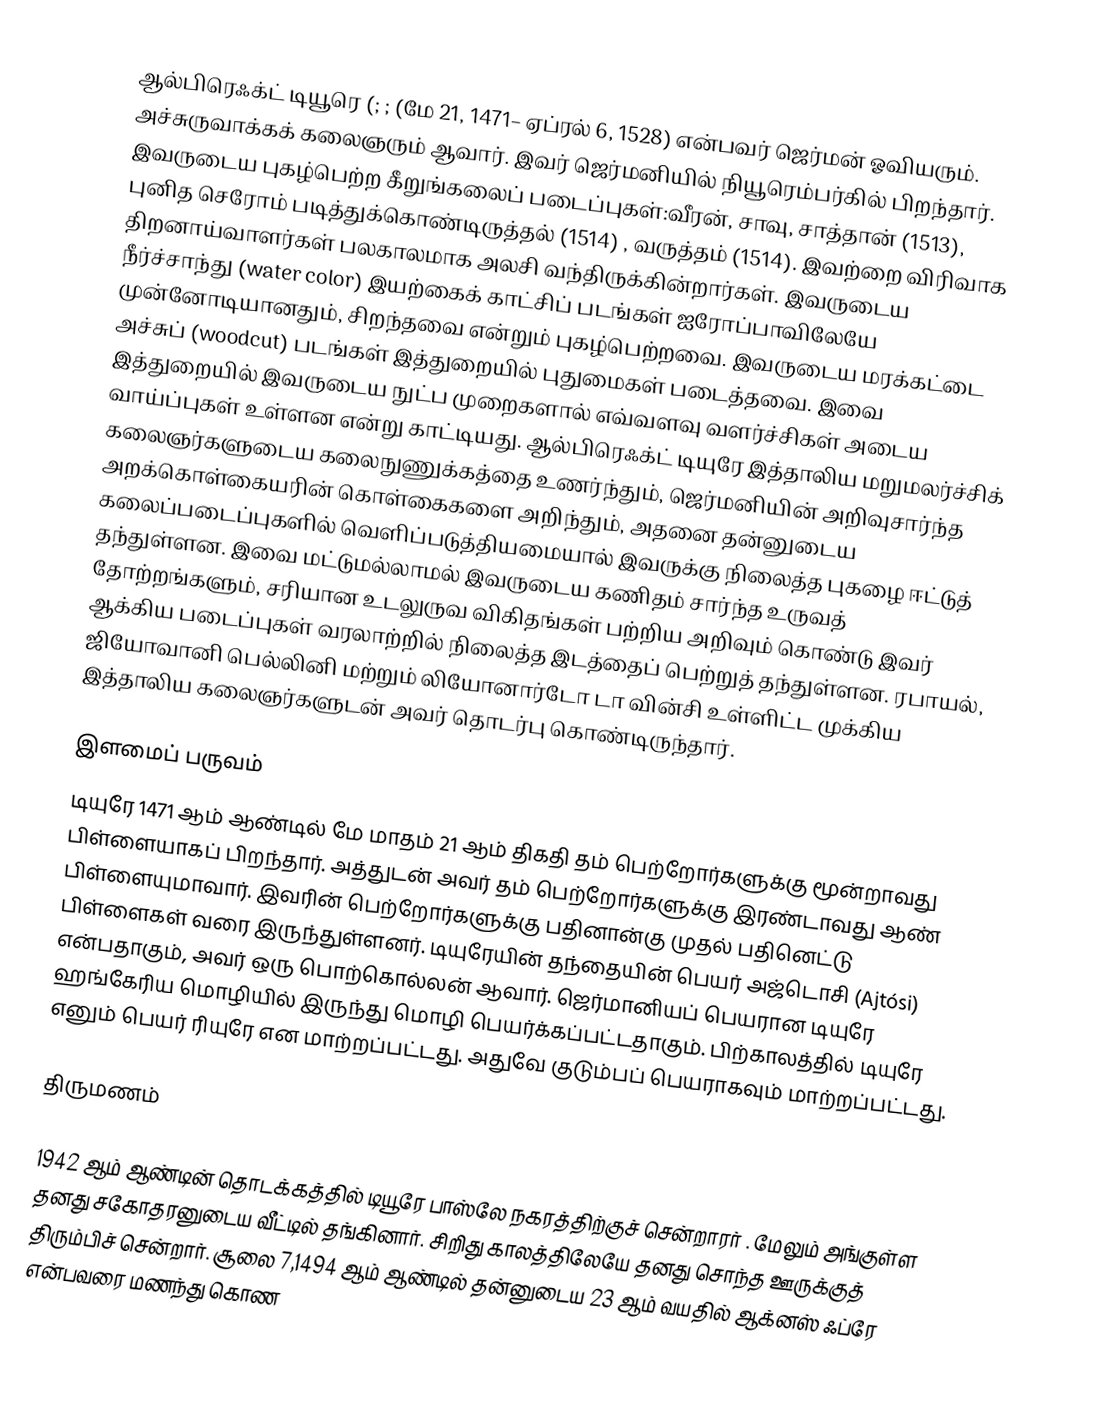
ஆல்பிரெஃக்ட் டியூரெ   (; ;  (மே 21, 1471– ஏப்ரல் 6, 1528) என்பவர் ஜெர்மன் ஓவியரும். அச்சுருவாக்கக் கலைஞரும் ஆவார். இவர் ஜெர்மனியில் நியூரெம்பர்கில் பிறந்தார். இவருடைய புகழ்பெற்ற கீறுங்கலைப் படைப்புகள்:வீரன், சாவு, சாத்தான் (1513), புனித செரோம்  படித்துக்கொண்டிருத்தல் (1514) , வருத்தம்  (1514). இவற்றை விரிவாக திறனாய்வாளர்கள் பலகாலமாக அலசி வந்திருக்கின்றார்கள். இவருடைய நீர்ச்சாந்து (water color) இயற்கைக் காட்சிப் படங்கள் ஐரோப்பாவிலேயே முன்னோடியானதும், சிறந்தவை என்றும் புகழ்பெற்றவை. இவருடைய மரக்கட்டை அச்சுப் (woodcut) படங்கள் இத்துறையில் புதுமைகள் படைத்தவை. இவை இத்துறையில் இவருடைய நுட்ப முறைகளால் எவ்வளவு வளர்ச்சிகள் அடைய வாய்ப்புகள் உள்ளன என்று காட்டியது. ஆல்பிரெஃக்ட் டியுரே இத்தாலிய மறுமலர்ச்சிக் கலைஞர்களுடைய கலைநுணுக்கத்தை உணர்ந்தும், ஜெர்மனியின் அறிவுசார்ந்த அறக்கொள்கையரின் கொள்கைகளை அறிந்தும், அதனை தன்னுடைய  கலைப்படைப்புகளில் வெளிப்படுத்தியமையால் இவருக்கு நிலைத்த புகழை ஈட்டுத் தந்துள்ளன. இவை மட்டுமல்லாமல் இவருடைய கணிதம் சார்ந்த உருவத் தோற்றங்களும், சரியான உடலுருவ விகிதங்கள் பற்றிய அறிவும் கொண்டு இவர் ஆக்கிய படைப்புகள் வரலாற்றில் நிலைத்த இடத்தைப் பெற்றுத் தந்துள்ளன. ரபாயல், ஜியோவானி பெல்லினி மற்றும் லியோனார்டோ டா வின்சி உள்ளிட்ட முக்கிய இத்தாலிய கலைஞர்களுடன் அவர் தொடர்பு கொண்டிருந்தார்.

இளமைப் பருவம்
டியுரே 1471 ஆம் ஆண்டில் மே மாதம் 21 ஆம் திகதி தம் பெற்றோர்களுக்கு மூன்றாவது பிள்ளையாகப் பிறந்தார். அத்துடன் அவர் தம் பெற்றோர்களுக்கு இரண்டாவது ஆண் பிள்ளையுமாவார். இவரின் பெற்றோர்களுக்கு பதினான்கு முதல் பதினெட்டு  பிள்ளைகள் வரை இருந்துள்ளனர். டியுரேயின் தந்தையின் பெயர் அஜ்டொசி (Ajtósi) என்பதாகும், அவர் ஒரு பொற்கொல்லன் ஆவார். ஜெர்மானியப் பெயரான டியுரே ஹங்கேரிய மொழியில் இருந்து மொழி பெயர்க்கப்பட்டதாகும். பிற்காலத்தில் டியுரே எனும் பெயர் ரியுரே என மாற்றப்பட்டது. அதுவே குடும்பப் பெயராகவும் மாற்றப்பட்டது.

திருமணம்

1942 ஆம் ஆண்டின் தொடக்கத்தில் டியூரே பாஸ்லே நகரத்திற்குச் சென்றாரர் . மேலும் அங்குள்ள தனது சகோதரனுடைய வீட்டில் தங்கினார். சிறிது காலத்திலேயே தனது சொந்த ஊருக்குத் திரும்பிச் சென்றார். சூலை 7,1494 ஆம் ஆண்டில் தன்னுடைய 23 ஆம் வயதில் ஆக்னஸ் ஃப்ரே என்பவரை மணந்து கொண